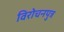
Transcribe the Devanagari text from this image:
विरोचनपुत्र